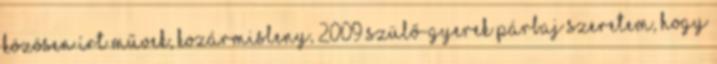
KÖZÖSEN ÍRT MŰVEK, KOZÁRMISLENY, 2009 Szülő-gyerek párbaj Szeretem, hogy